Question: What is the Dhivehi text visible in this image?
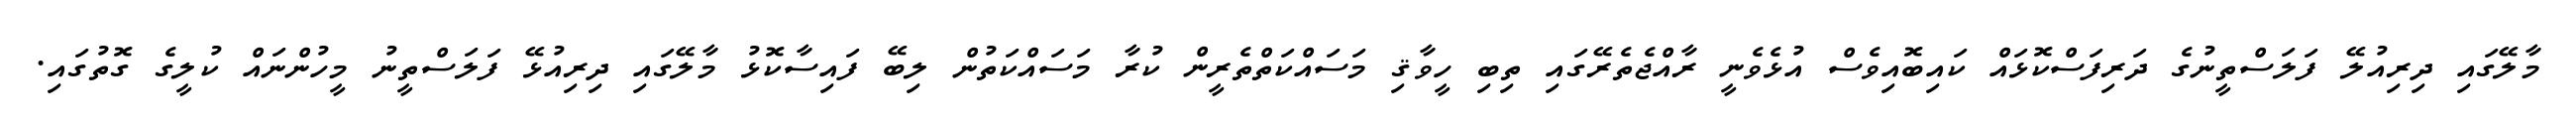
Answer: މާލޭގައި ދިރިއުލޭ ފަލަސްތީނުގެ ދަރިފަސްކޮޅައް ކައިބޮއިވެސް އުޅެވެނީ ރާއްޖެތެރޭގައި ތިބި ހީވާޤި މަސައްކަތްތެރީން ކުރާ މަސައްކަތުން ލިބޭ ފައިސާކޮޅު މާލޭގައި ދިރިއުޅޭ ފަލަސްތީނު މީހުންނައް ކުލީގެ ގޮތުގައި.